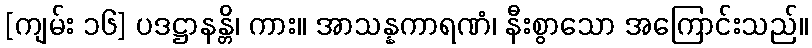
[ကျမ်း ၁၆] ပဒဋ္ဌာနန္တိ၊ ကား။ အာသန္နကာရဏံ၊ နီးစွာသော အကြောင်းသည်။